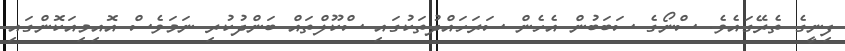
ފިނީގެ ތެރޭގައެވެ. ސްނޯގެ ސަބަބުން އެހެން ސަރަހައްދުތަކުގައި ސްކޫލްތައް ބަންދުކުރި ނަމަވެސް އޮއިމިއަކޮންގައި